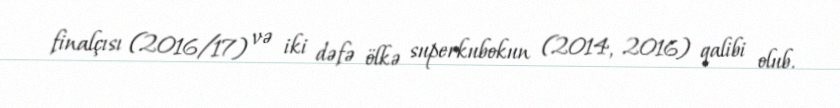
finalçısı (2016/17) və iki dəfə ölkə superkubokun (2014, 2016) qalibi olub.